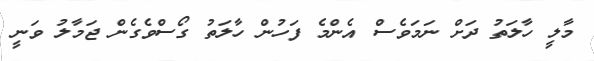
މާލީ ހާލަތު ދަށް ނަމަވެސް އެންމެ ފަހުން ހާލަތު ގޯސްވެގެން ޖަމާލު ވަނީ